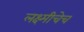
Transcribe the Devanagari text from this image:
लक्ष्मीचेच